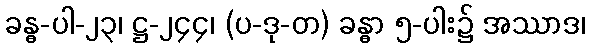
ခန္ဓ-ပါ-၂၃၊ ဋ္ဌ-၂၄၄၊ (ပ-ဒု-တ) ခန္ဓာ ၅-ပါး၌ အဿာဒ၊